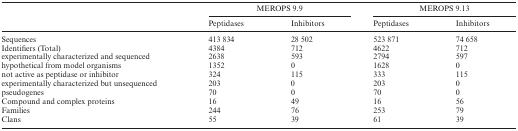
|  | <COLSPAN=2> MEROPS 9.9 | <COLSPAN=2> MEROPS 9.13 |
 |  | Peptidases | Inhibitors | Peptidases | Inhibitors |
 | --- | --- | --- | --- | --- |
 | Sequences | 413 834 | 28 502 | 523 871 | 74 658 |
 | Identifiers (Total) | 4384 | 712 | 4622 | 712 |
 | experimentally characterized and sequenced | 2638 | 593 | 2794 | 597 |
 | hypothetical from model organisms | 1352 | 0 | 1628 | 0 |
 | not active as peptidase or inhibitor | 324 | 115 | 333 | 115 |
 | experimentally characterized but unsequenced | 203 | 0 | 203 | 0 |
 | pseudogenes | 70 | 0 | 70 | 0 |
 | Compound and complex proteins | 16 | 49 | 16 | 56 |
 | Families | 244 | 76 | 253 | 79 |
 | Clans | 55 | 39 | 61 | 39 |